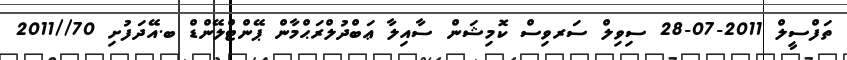
ތަފްސީލް 2011-07-28 ސިވިލް ސަރވިސް ކޮމިޝަން ސާއިލާ ޢަބްދުލްރަޙްމާން ޕޭންޓްލޭންޑް ބ.އޭދަފުށި 70//2011